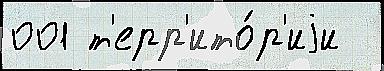
001 т'ерр'ито́р'иjи